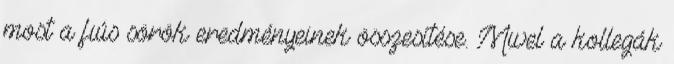
most a fiús sörök eredményeinek összesítése. Mivel a kollegák